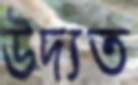
উদ্যত